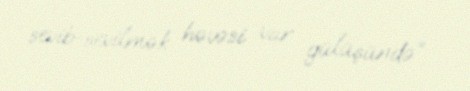
sevib-sevilmək həvəsi var gülüşündə” .